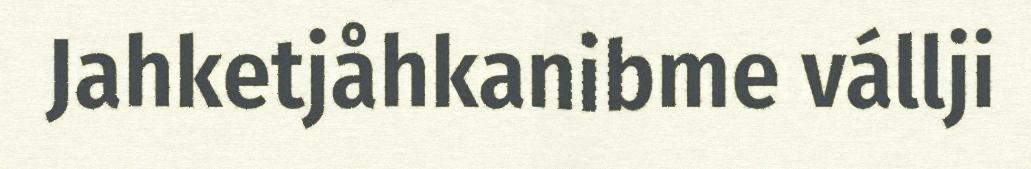
Jahketjåhkanibme vállji